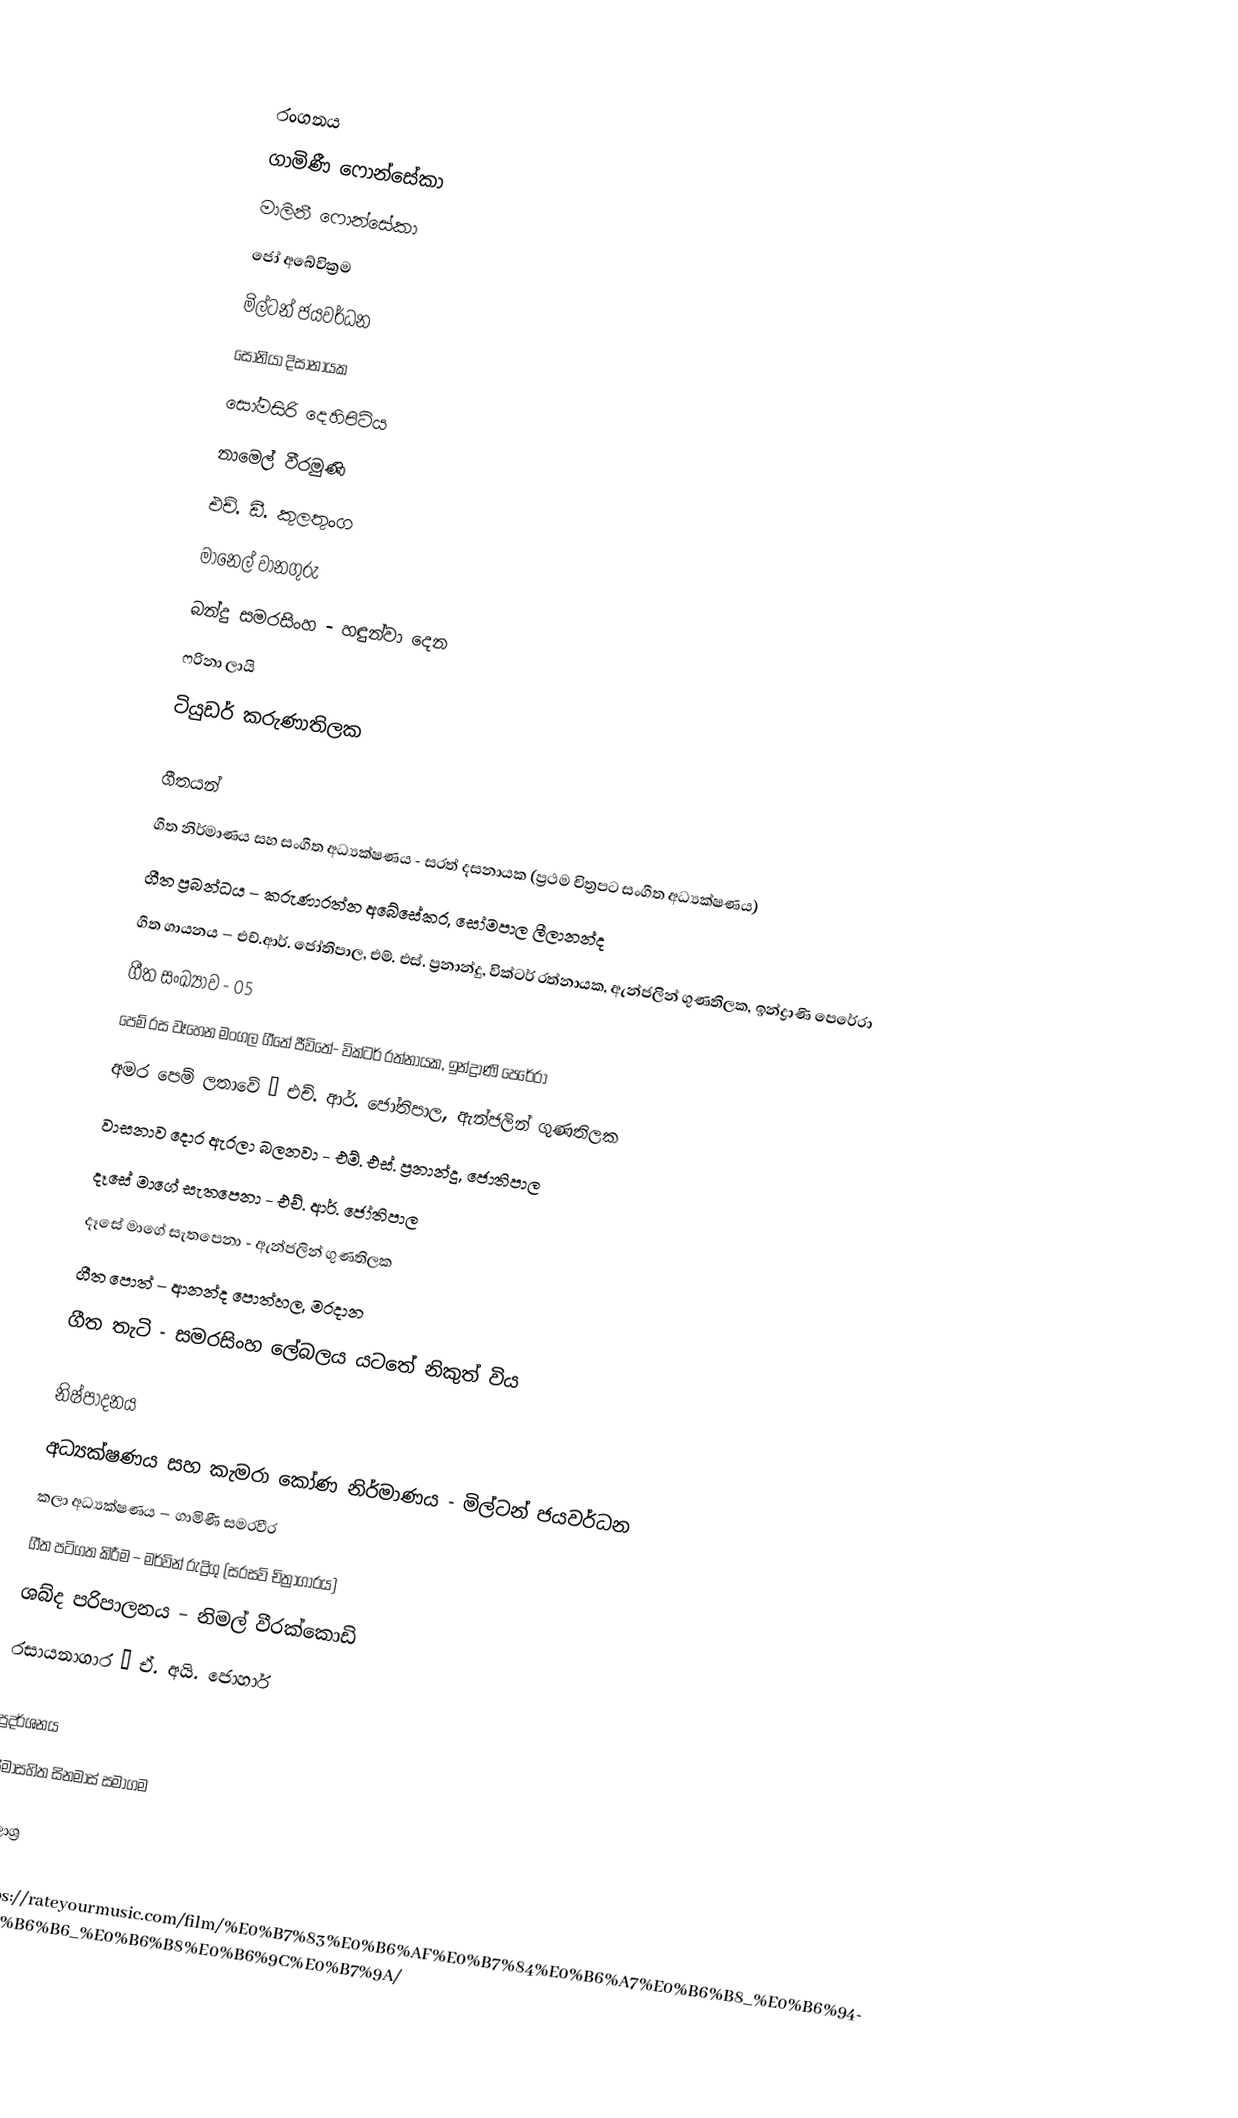

රංගනය
 ගාමිණී ෆොන්සේකා
 මාලිනී ෆොන්සේකා
 ජෝ අබේවික්‍රම
 මිල්ටන් ජයවර්ධන
 සෝනියා දිසානායක
 සෝමසිරි දෙහිපිටිය
 නාමෙල් වීරමුණි
 එච්. ඩී. කුලතුංග
 මානෙල් වානගුරු
 බන්දු සමරසිංහ - හඳුන්වා දෙන
 ෆරිනා ලායි
ටියුඩර් කරුණාතිලක

ගීතයන්
ගීත නිර්මාණය සහ සංගීත අධ්‍යක්ෂණය - සරත් දසනායක (ප්‍රථම චිත්‍රපට සංගීත අධ්‍යක්ෂණය)
ගීත ප්‍රබන්ධය – කරුණාරත්න අබේසේකර, සෝමපාල ලීලානන්ද
ගීත ගායනය – එච්.ආර්. ජෝතිපාල, එම්. එස්. ප්‍රනාන්දු, වික්ටර් රත්නායක, ඇන්ජලින් ගුණතිලක, ඉන්ද්‍රාණි පෙරේරා
ගීත සංඛ්‍යාව - 05
පෙම් රස වෑහෙන මංගල ගීතේ ජීවිතේ- වික්ටර් රත්නායක, ඉන්ද්‍රාණි පෙරේරා
අමර පෙම් ලතාවේ – එච්. ආර්. ජෝතිපාල, ඇන්ජලින් ගුණතිලක
වාසනාව දොර ඇරලා බලනවා - එම්. එස්. ප්‍රනාන්දු, ජොතිපාල
දෑසේ මාගේ සැතපෙනා - එච්. ආර්. ජෝතිපාල
දෑසේ මාගේ සැතපෙනා - ඇන්ජලින් ගුණතිලක
ගීත පොත් – ආනන්ද පොත්හල, මරදාන
ගීත තැටි - සමරසිංහ ලේබලය යටතේ නිකුත් විය

නිෂ්පාදනය
අධ්‍යක්ෂණය සහ කැමරා කෝණ නිර්මාණය - මිල්ටන් ජයවර්ධන
කලා අධ්‍යක්ෂණය – ගාමිණී සමරවීර
ගීත පටිගත කිරීම – මර්වින් රුද්‍රිගු (සරසවි චිත්‍රාගාරය)
ශබ්ද පරිපාලනය – නිමල් වීරක්කොඩි
රසායනාගාර – ඒ. අයි. ජොහාර්

ප්‍රදර්ශනය
සීමාසහිත සිනමාස් සමාගම

මූලාශ්‍ර
2. https://rateyourmusic.com/film/%E0%B7%83%E0%B6%AF%E0%B7%84%E0%B6%A7%E0%B6%B8_%E0%B6%94%E0%B6%B6_%E0%B6%B8%E0%B6%9C%E0%B7%9A/